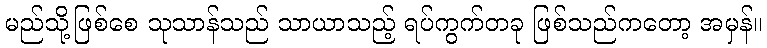
မည်သို့ဖြစ်စေ သုသာန်သည် သာယာသည့် ရပ်ကွက်တခု ဖြစ်သည်ကတော့ အမှန်။